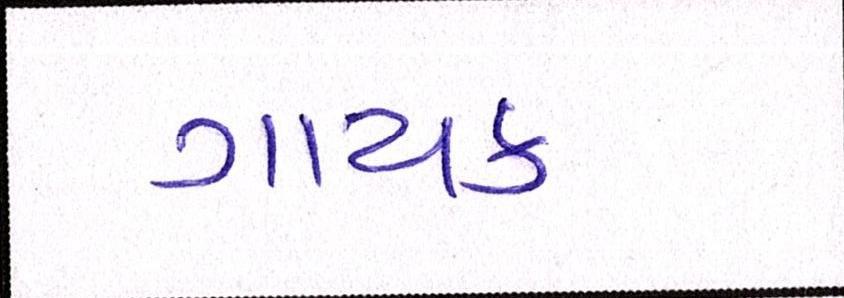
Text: ગાયક